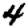
Digit: 4